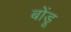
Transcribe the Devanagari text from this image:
बोंडू